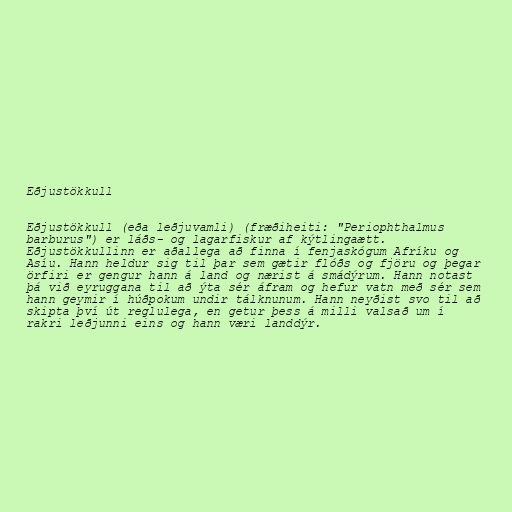
Eðjustökkull

Eðjustökkull (eða leðjuvamli) (fræðiheiti: "Periophthalmus
barburus") er láðs- og lagarfiskur af kýtlingaætt.
Eðjustökkullinn er aðallega að finna í fenjaskógum Afríku og
Asíu. Hann heldur sig til þar sem gætir flóðs og fjöru og þegar
örfiri er gengur hann á land og nærist á smádýrum. Hann notast
þá við eyruggana til að ýta sér áfram og hefur vatn með sér sem
hann geymir í húðpokum undir tálknunum. Hann neyðist svo til að
skipta því út reglulega, en getur þess á milli valsað um í
rakri leðjunni eins og hann væri landdýr.